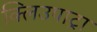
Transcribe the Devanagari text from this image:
क्लिउपाट्रा